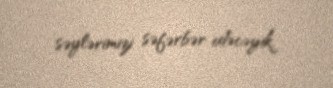
səylərimizi səfərbər edəcəyik.